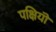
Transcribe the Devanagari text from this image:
पक्षियॊं